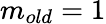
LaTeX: m_{old}=1